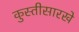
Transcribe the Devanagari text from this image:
कुस्तीसारखे